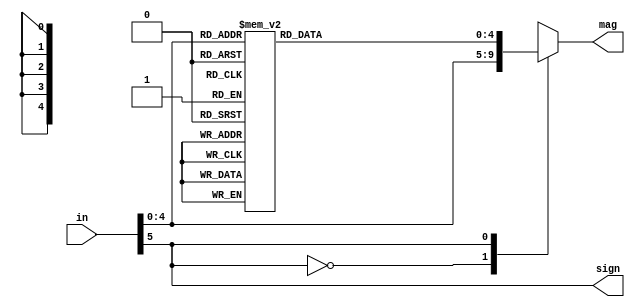
`timescale 1ns / 1ps
//////////////////////////////////////////////////////////////////////////////////
// Company: 
// Engineer: 
// 
// Design Name: 
// Module Name: Absoluter_case_statement
// Project Name: 
// Target Devices: 
// Tool Versions: 
// Description: 
// 
// Dependencies: 
// 
// Revision:
// Revision 0.01 - File Created
// Additional Comments:
// 
//////////////////////////////////////////////////////////////////////////////////


module Absoluter_case_statement(
        output sign,
        output reg [4:0]mag,
        input [5:0]in
);

    assign sign = in[5];
    always @(*)begin
    case(in[5])
        1'b0 : mag = in[4:0];
        1'b1 : begin
        case(in[4:0])
            0:mag = 31;
            1:mag = 31;
            2:mag = 30;
            3:mag = 29;
            4:mag = 28;
            5:mag = 27;
            6:mag = 26;
            7:mag = 25;
            8:mag = 24;
            9:mag = 23;
            10:mag = 22;
            11:mag = 21;
            12:mag = 20;
            13:mag = 19;
            14:mag = 18;
            15:mag = 17;
            16:mag = 16;
            17:mag = 15;
            18:mag = 14;
            19:mag = 13;
            20:mag = 12;
            21:mag = 11;
            22:mag = 10;
            23:mag = 9;
            24:mag = 8;
            25:mag = 7;
            26:mag = 6;
            27:mag = 5;
            28:mag = 4;
            29:mag = 3;
            30:mag = 2;
            31:mag = 1;
        endcase
        end 
        endcase
    end
endmodule